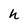
Character: h